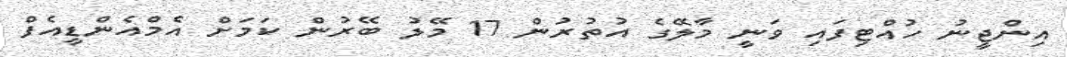
އިންޖީނު ހުއްޓިފައި ވަނީ މާލޭގެ އުތުރުން 17 މޭލު ބޭރުން ކަމަށް އެމްއެންޑީއެފް